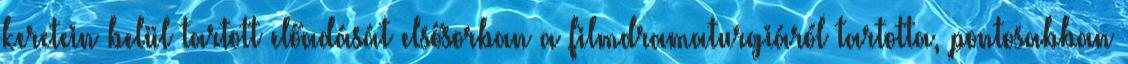
keretein belül tartott előadását elsősorban a filmdramaturgiáról tartotta, pontosabban